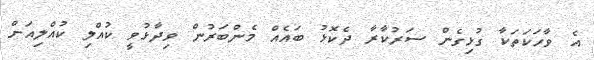
އެ ވާހަކަތަކާ ގުޅިގެން ސަރުކާރާ ދެކޮޅު ބައެއް މެންބަރުން ވިދާޅުވީ ކުއްލި ކުއްލިއަށް